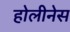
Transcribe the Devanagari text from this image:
होलीनेस